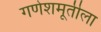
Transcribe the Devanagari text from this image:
गणेशमूर्तीला